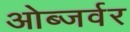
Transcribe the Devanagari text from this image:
ओब्जर्वर